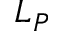
L _ { P }